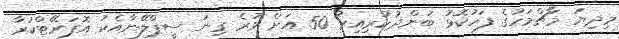
މިދިޔަ މާޗްމަހުގެ ފަހުކޮޅު ބަންދުކުރިއިރު 50 އަށް ވުރެ ގިނަ ސީޕްލޭނާއެކު އޮޕަރޭޓްކުރާ